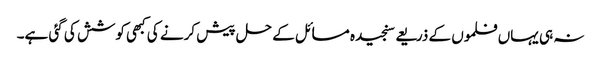
نہ ہی یہاں فلموں کے ذریعے سنجیدہ مسائل کے حل پیش کرنے کی کبھی کوشش کی گئی ہے۔